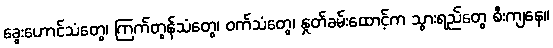
ခွေးဟောင်သံတွေ၊ ကြက်တွန်သံတွေ၊ ဝက်သံတွေ၊ နှုတ်ခမ်းထောင့်က သွားရည်တွေ စီးကျနေ။